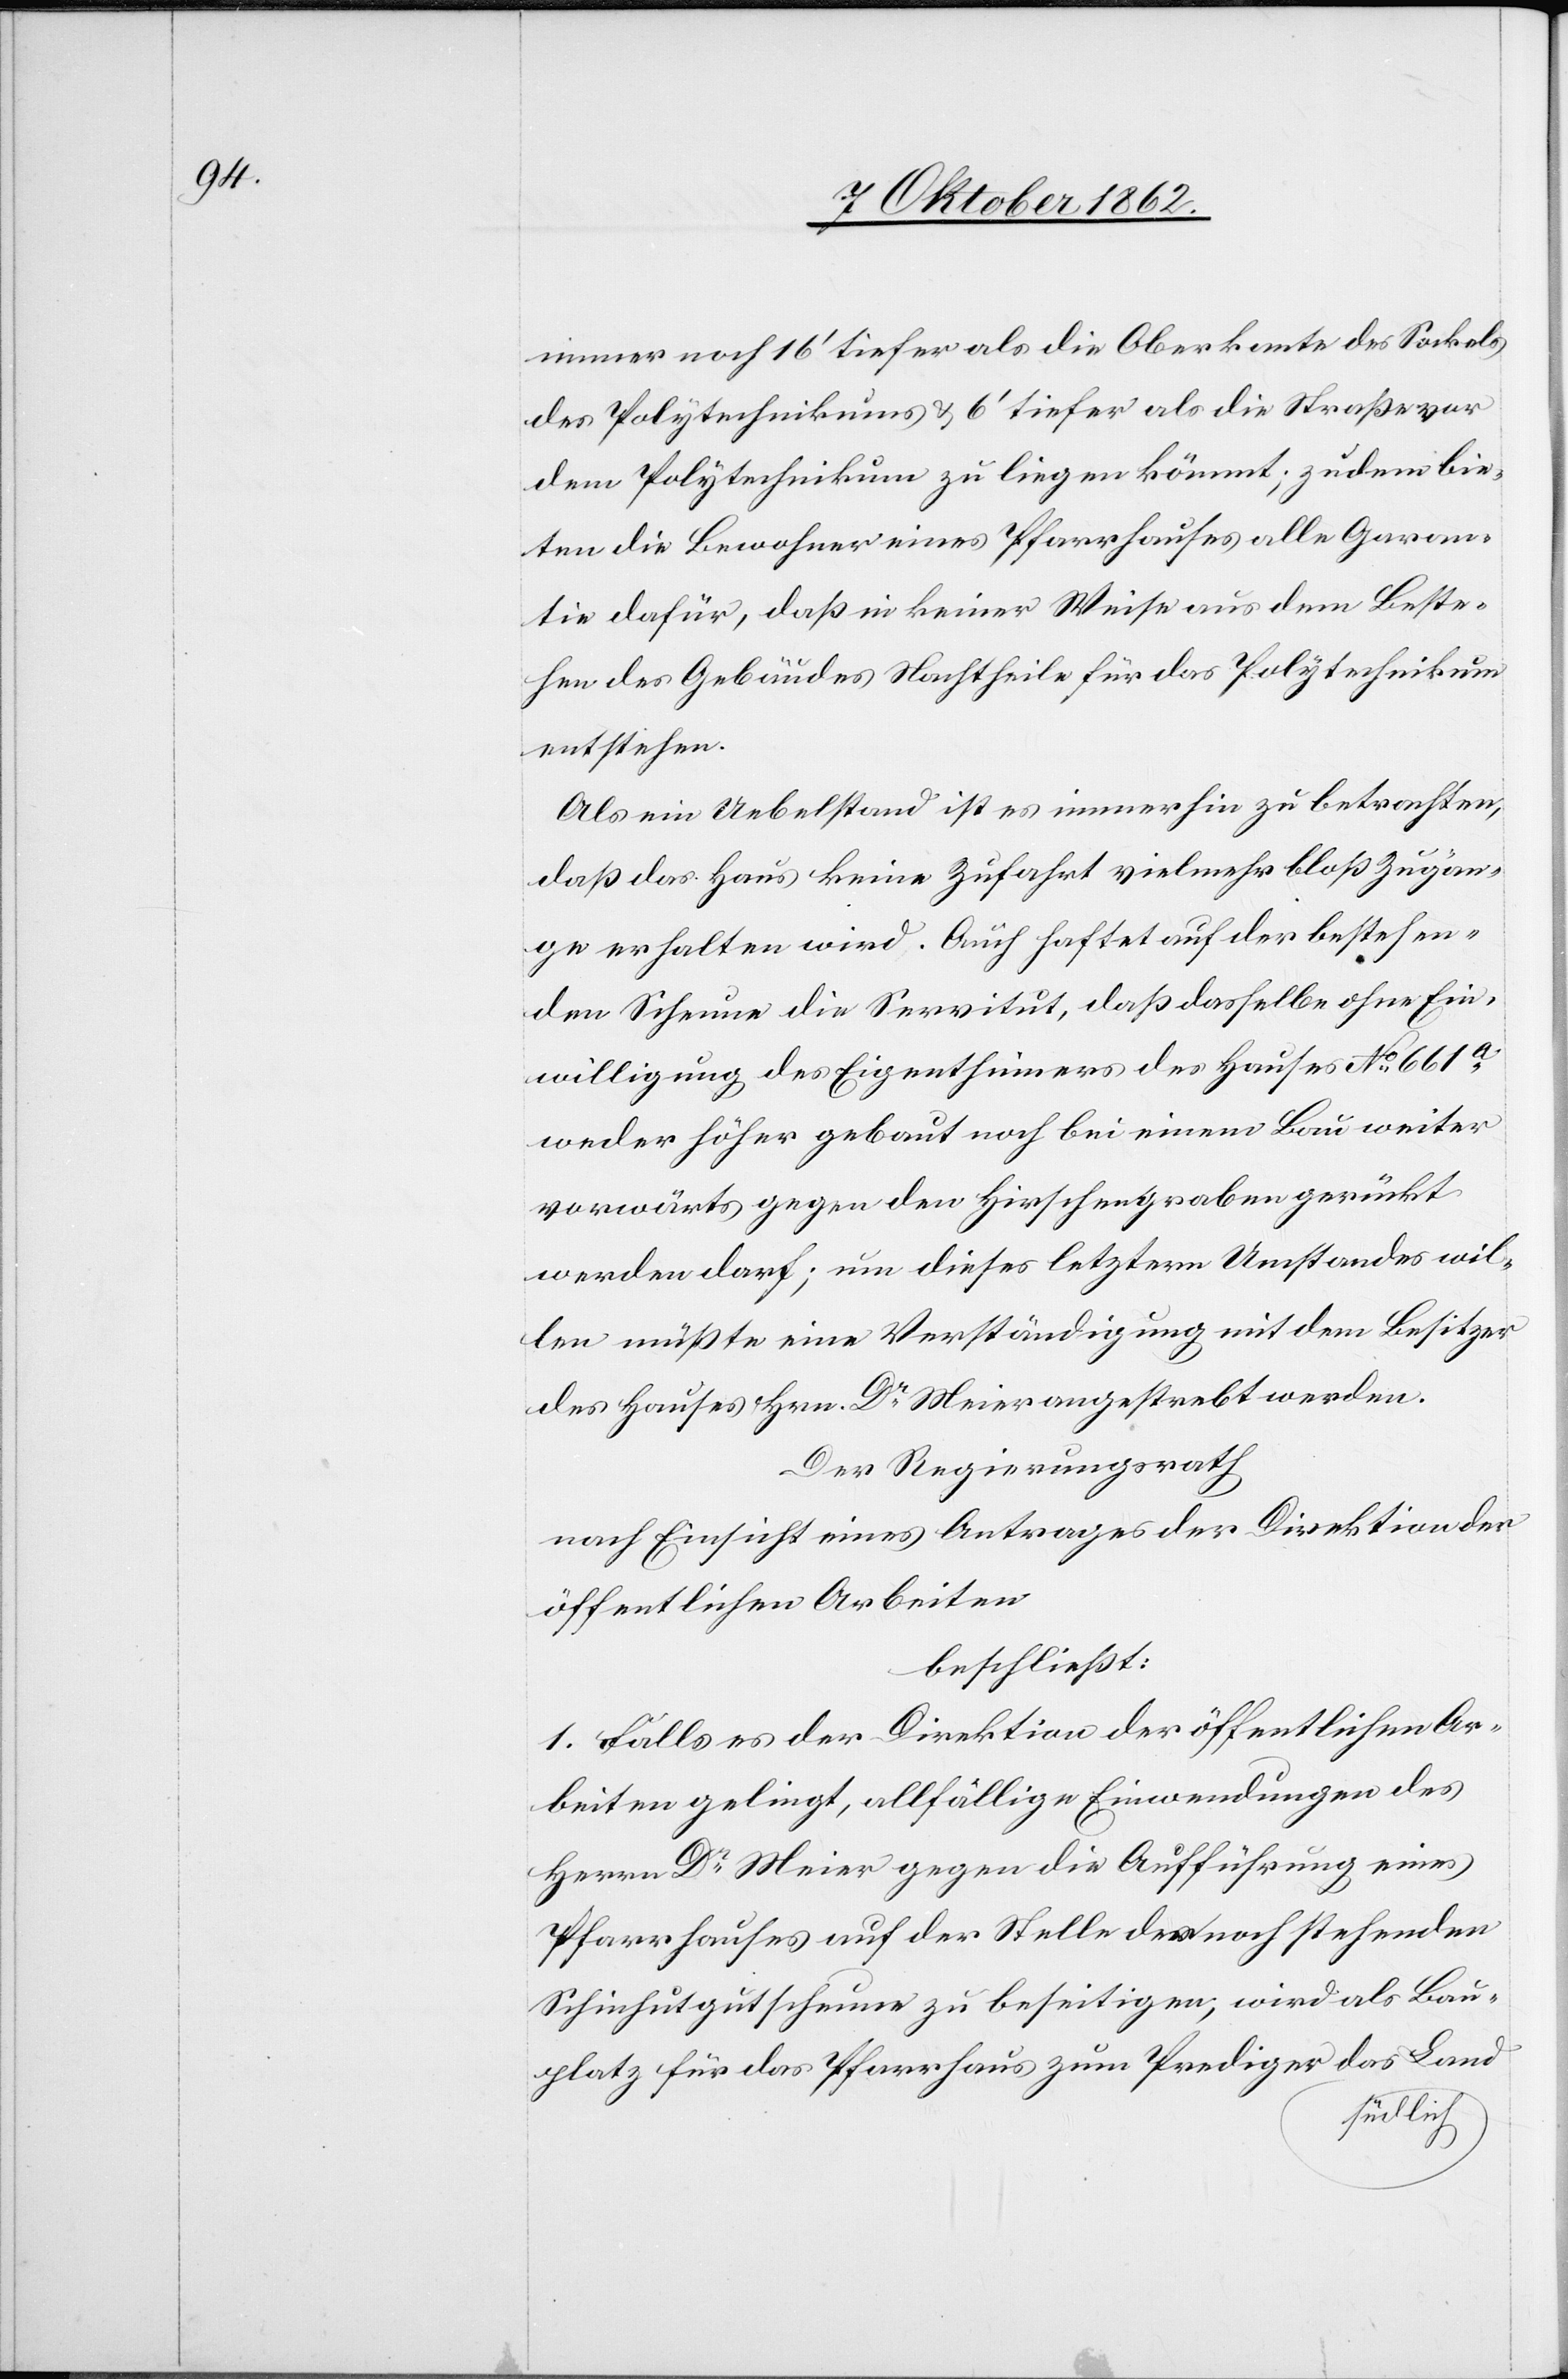
einer noch 16’ tiefer als die Oberkante des Sockels
des Polytechnikums u. 6’ tiefer als die Straße vor
dem Polytechnikums zu liegen kömmt; zudem bie¬
ten die Bewohner eines Pfarrhauses alle Garan¬
tie dafür, daß in keiner Weise aus dem Beste¬
hen des Gebäudes Nachtheile für das Polytechnikum
entstehen.
Als ein Uebelstand ist es immerhin zu betrachten,
daß das Haus keine Zufahrt vielmehr bloß Zugän¬
ge erhalten wird. Auch haftet auf der bestehen¬
den Scheune die Servitut, daß dasselbe ohne Ein¬
willigung des Eigenthümers des Hauses No 661a
weder höher gebaut noch bei einem Bau weiter
vorwärts gegen den Hirschengraben gerückt
werden darf; um dieses letztern Umstandes wil¬
len müßte eine Verständigung mit dem Besitzer
des Hauses Hrn. Dr Meier angestrebt werden.
Der Regierungsrath
nach Einsicht eines Antrages der Direktion der
öffentlichen Arbeiten
beschließt:
1. Falls es der Direktion der öffentlichen Ar¬
beiten gelingt, allfällige Einwendungen des
Herrn Dr Meier gegen die Aufführung eines
Pfarrhauses auf der Stelle der noch stehenden
Schinhutgutscheune zu beseitigen, wird als Bau¬
platz für das Pfarrhaus zum Prediger das Land